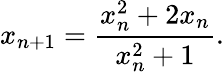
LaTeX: x_{n+1}={\frac{x_{n}^{2}+2x_{n}}{x_{n}^{2}+1}}.